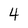
Character: 4